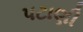
પટાણી